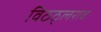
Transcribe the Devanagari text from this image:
विठठ्लराव